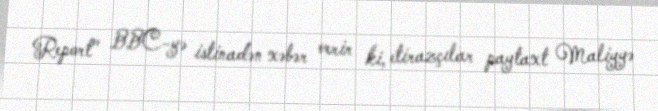
Report" BBC-yə istinadən xəbər verir ki, etirazçılar paytaxt Maliyyə